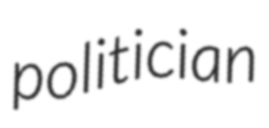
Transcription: politician